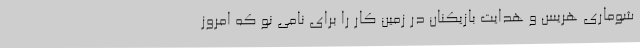
شوماری هریس و هدایت بازیکنان در زمین کار را برای نامی نو که امروز